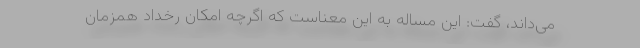
می‌داند، گفت: این مساله به این معناست که اگرچه امکان رخداد همزمان